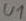
Text: U1